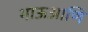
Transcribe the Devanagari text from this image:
भाऊआणि